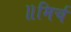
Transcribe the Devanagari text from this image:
॥मिर्च